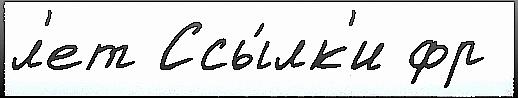
л'ет Ссы́лк'и фр